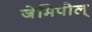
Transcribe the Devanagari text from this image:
जेमिपोल्